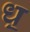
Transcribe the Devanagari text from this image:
ध़॒